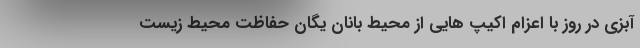
آبزی در روز با اعزام اکیپ هایی از محیط بانان یگان حفاظت محیط زیست